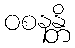
ဝစနန္တိ